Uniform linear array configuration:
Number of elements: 8
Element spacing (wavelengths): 0.75
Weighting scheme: cosine
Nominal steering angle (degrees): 15
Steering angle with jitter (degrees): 14.059
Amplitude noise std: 0.05
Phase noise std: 0.05

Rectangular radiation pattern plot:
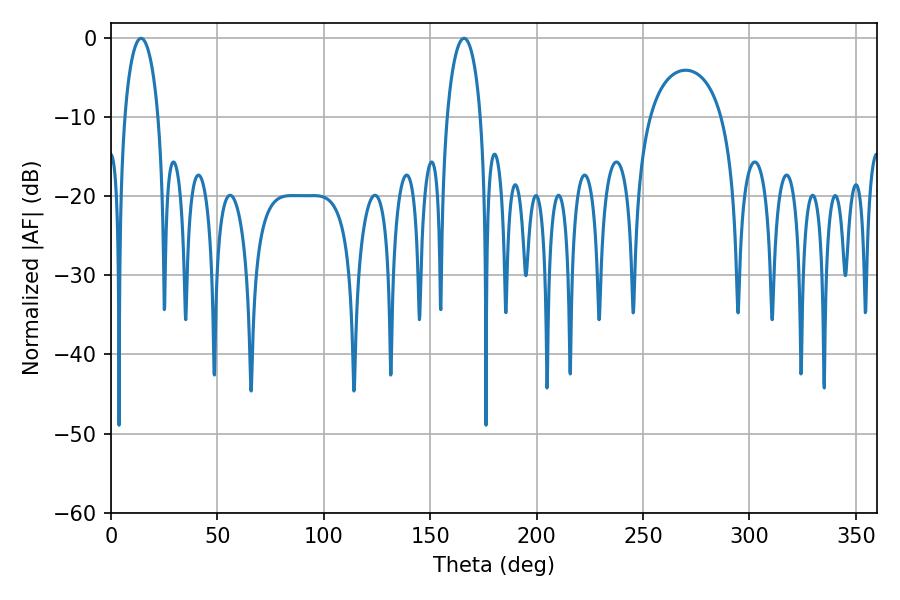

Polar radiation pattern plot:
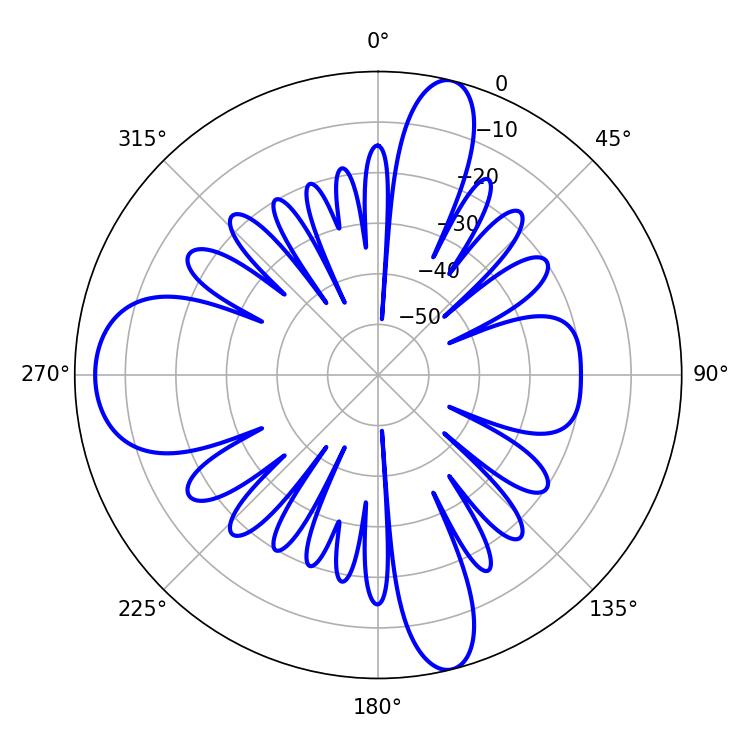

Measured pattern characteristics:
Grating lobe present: TRUE
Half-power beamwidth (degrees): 9
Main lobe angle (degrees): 14.04